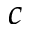
c